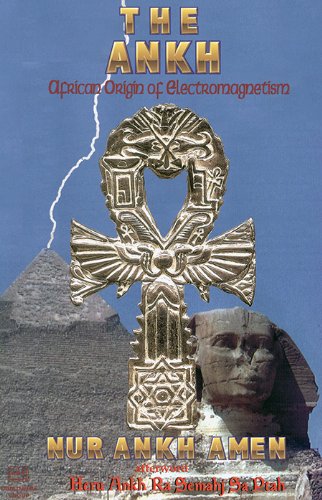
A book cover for The Ankh: African Origin of Electromagnetism; Nur Ankh Amen; History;